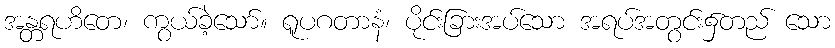
အန္တရဟိတေ၊ ကွယ်ခဲ့သော်။ ရူပဂတာနံ၊ ပိုင်းခြားအပ်သော အရပ်အတွင်း၌တည် သော